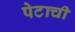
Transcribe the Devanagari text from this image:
पेटाची